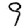
Digit: 9